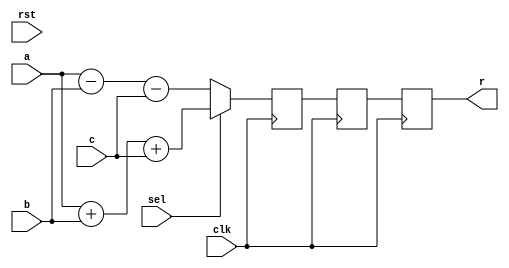
// Integrated Electronic Systems Lab
// TU Darmstadt

`timescale 1 ns / 1 ps

module alu_mc (clk, rst, sel, a, b, c, r);

// PARAMETERS
parameter STAGES = 3;

// INPUTS
input clk;
input rst;
input wire			sel;
input wire [31:0]	a;
input wire [31:0]	b;
input wire			c;
output wire [31:0]	r;

reg [31:0] alu_out[0:STAGES];
integer stage;
// DFF, synch reset
	
	
always @(*) begin
	if (sel == 1'b1) begin
		alu_out[0] = a+b+c;
	end else begin	
		alu_out[0] = a-b-c;
	end
end

always @(posedge clk) begin
	/*if (rst == 1'b1) begin
		for(stage=1; stage<=STAGES; stage=stage+1) begin
			alu_out[stage] <= 0;
		end
	end else*/ begin
		for(stage=1; stage<=STAGES; stage=stage+1) begin
			alu_out[stage] <= alu_out[stage-1];
		end
	end	
end

assign r = alu_out[STAGES];

endmodule